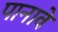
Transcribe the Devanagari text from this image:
पानावे